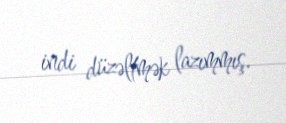
indi düzəltmək lazımmış.